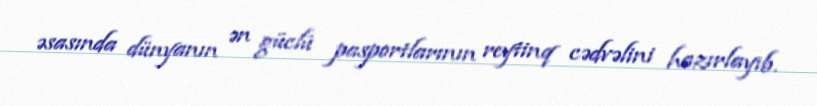
əsasında dünyanın ən güclü pasportlarının reytinq cədvəlini hazırlayıb.